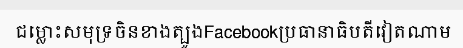
ជម្លោះសមុទ្រចិនខាងត្បូងFacebookប្រធានាធិបតីវៀតណាម